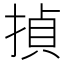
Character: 揁